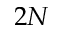
2 N